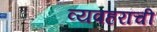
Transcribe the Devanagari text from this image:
व्यवहरांची